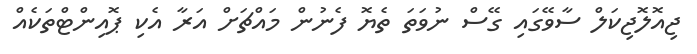
ޖިއޮލޮޖިކަލް ސާވޭގައި ގޭސް ނުވަތަ ތެޔޮ ފެނުން މައްޗަށް އަރާ އެކި ޕޮއިންޓްތަކެއް